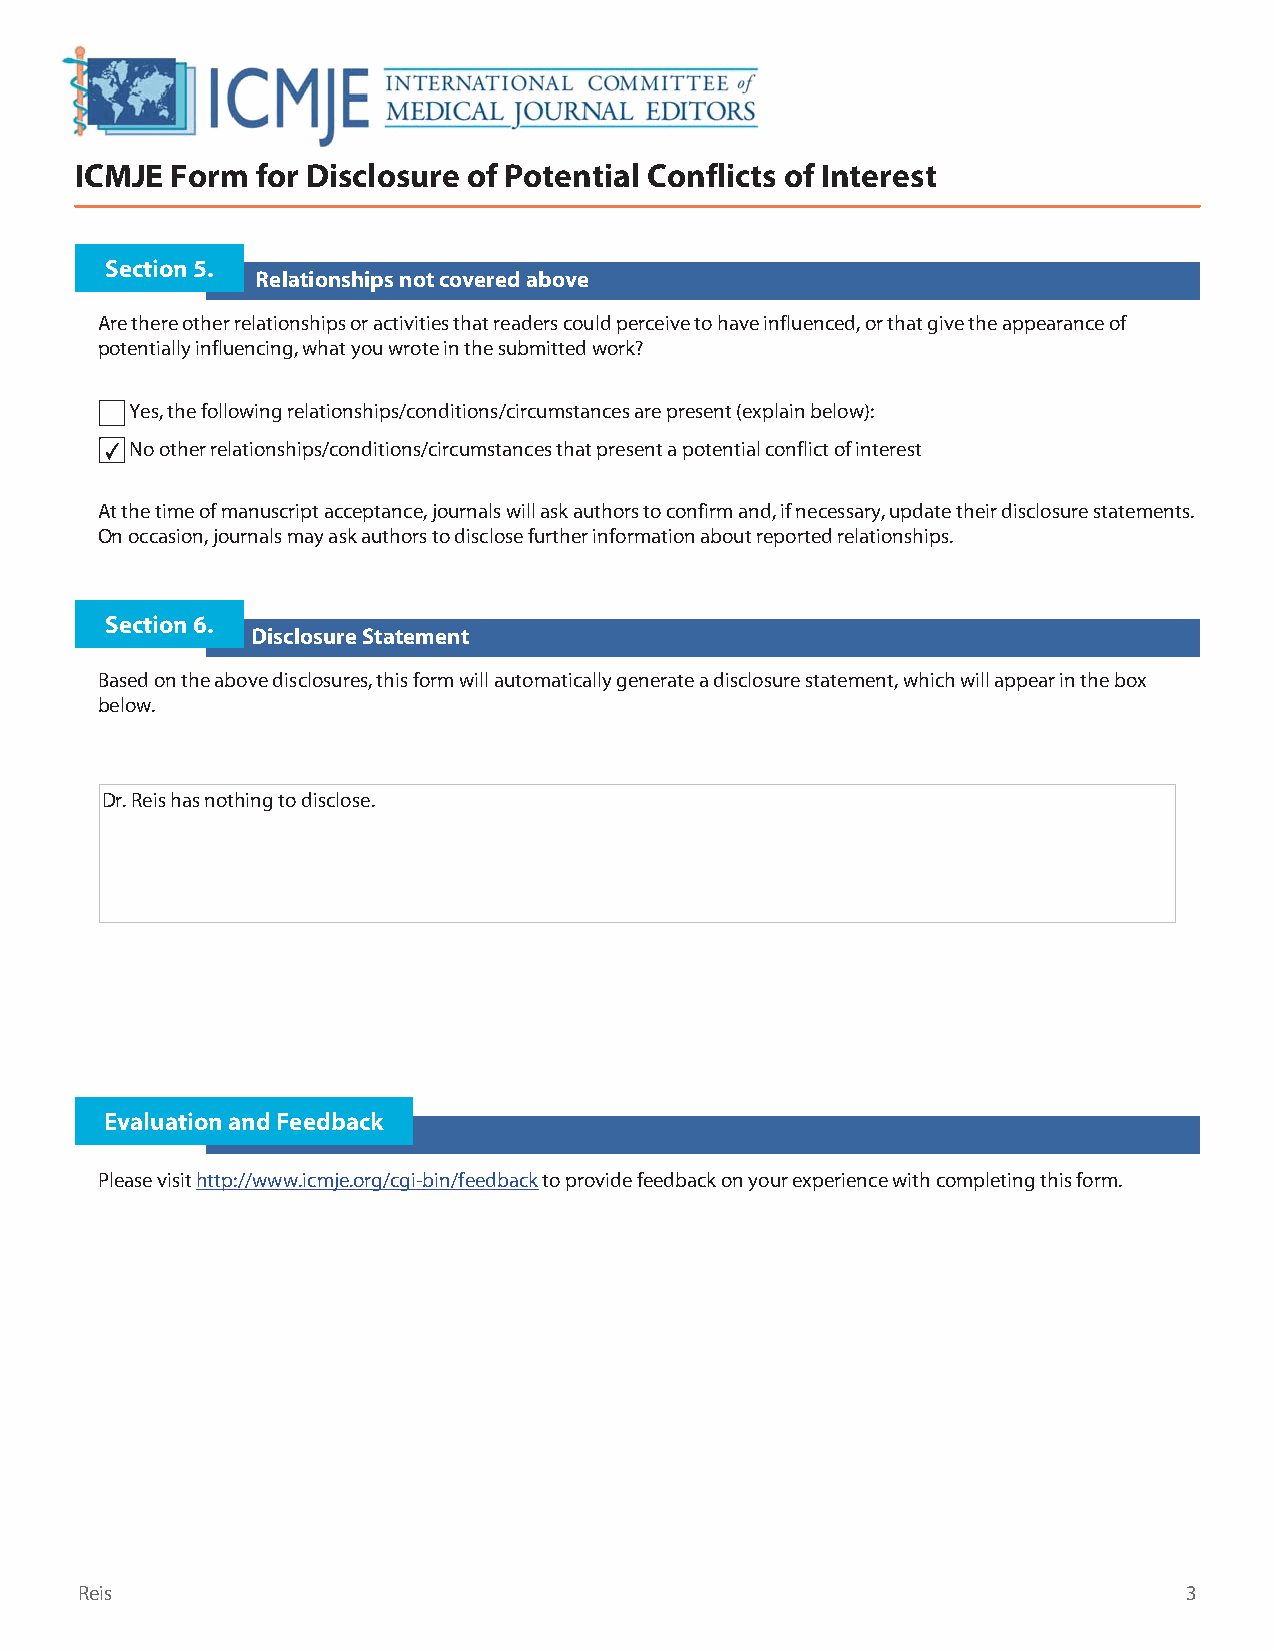
ICMJE Form  for Disclosure of Potential Conflicts of Interest
 Section 5.
 Relationships not covered above
 Are there other relationships or activities that readers could perceive to have influenced, or that give the appearance of
 potentially influencing, what you wrote in the submitted work?
 Yes, the following relationships/conditions/circumstances are present (explain below):
 ✔ No other relationships/conditions/circumstances that present a potential conflict of interest
 At the time of manuscript acceptance, journals will ask authors to confirm and, if necessary, update their disclosure statements.
 On occasion, journals may ask authors to disclose further information about reported relationships.
 Section 6.
 Disclosure Statement
 Based on the above disclosures, this form will automatically generate a disclosure statement, which will appear in the box
 below.
 Dr. Reis has nothing to disclose.
 Evaluation and Feedback
 Please visit http://www.icmje.org/cgi-bin/feedback to provide feedback on your experience with completing this form.
 Reis                                                                      3